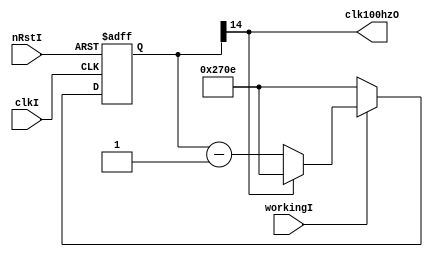
module clkGen_1Mhz_to_100Hz (
    workingI                        ,

    clk100hzO                       ,
    clkI                            ,
    nRstI
);
    input   wire                workingI        ;
    output  wire                clk100hzO       ;
    input   wire                clkI            ;
    input   wire                nRstI           ;

    `ifdef  simulating
        `define      clk100hzMax    14'd9998
    `else
        //`define      clk100hzMax    14'd98
        `define      clk100hzMax    14'd9998
    `endif
    reg          [14:0]         clk100hzCNT ;

    assign clk100hzO    = clk100hzCNT[14] ;
    always @( posedge clkI or negedge nRstI ) begin
        if ( ! nRstI ) begin
            clk100hzCNT         <= `clk100hzMax         ;
        end
        else begin
            if ( ! workingI ) begin
                clk100hzCNT     <= `clk100hzMax         ;
            end
            else begin
                if ( clk100hzO ) begin
                    clk100hzCNT <= `clk100hzMax         ;
                end
                else begin
                    clk100hzCNT <= clk100hzCNT - 15'd1  ;
                end
            end
        end
    end

endmodule